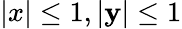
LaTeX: |x|\leq1,|\mathbf{y}|\leq1